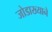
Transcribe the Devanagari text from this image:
जोडाख्याने